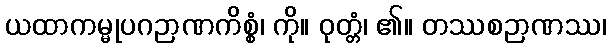
ယထာကမ္မုပဂဉာဏကိစ္စံ၊ ကို။ ဝုတ္တံ၊ ၏။ တဿစဉာဏဿ၊